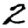
Digit: 2